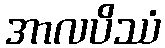
အာလပိဿံ